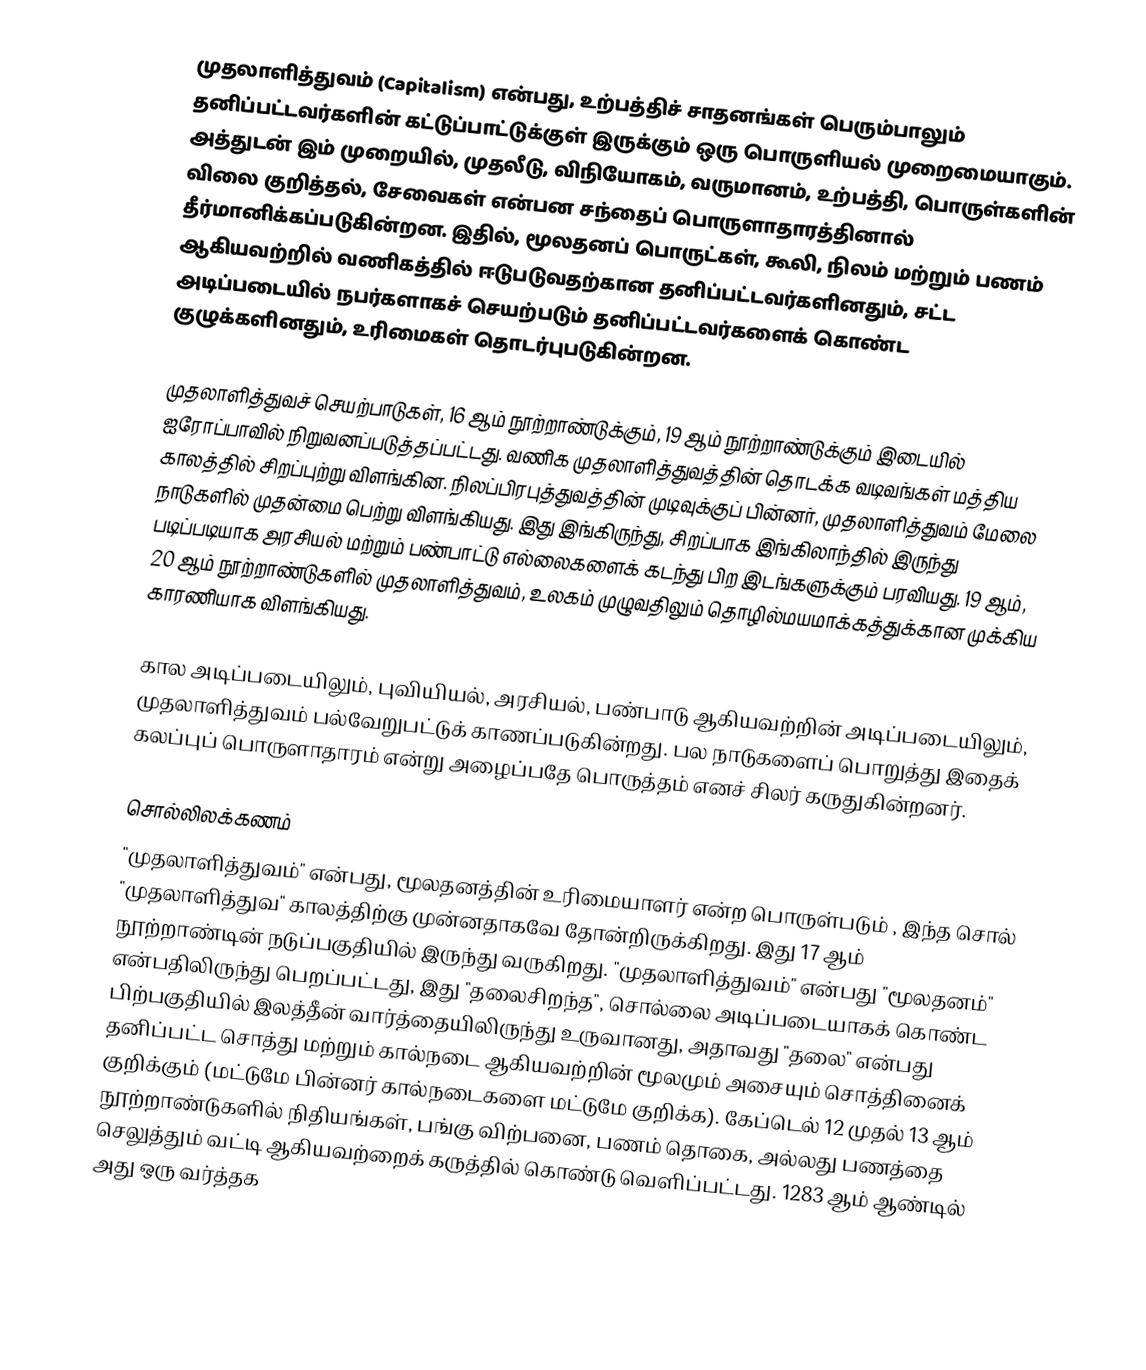
முதலாளித்துவம் (Capitalism) என்பது, உற்பத்திச் சாதனங்கள் பெரும்பாலும் தனிப்பட்டவர்களின் கட்டுப்பாட்டுக்குள் இருக்கும் ஒரு பொருளியல் முறைமையாகும். அத்துடன் இம் முறையில், முதலீடு, விநியோகம், வருமானம், உற்பத்தி, பொருள்களின் விலை குறித்தல், சேவைகள் என்பன சந்தைப் பொருளாதாரத்தினால் தீர்மானிக்கப்படுகின்றன. இதில், மூலதனப் பொருட்கள், கூலி, நிலம் மற்றும் பணம் ஆகியவற்றில் வணிகத்தில் ஈடுபடுவதற்கான தனிப்பட்டவர்களினதும், சட்ட அடிப்படையில் நபர்களாகச் செயற்படும் தனிப்பட்டவர்களைக் கொண்ட குழுக்களினதும், உரிமைகள் தொடர்புபடுகின்றன.

முதலாளித்துவச் செயற்பாடுகள், 16 ஆம் நூற்றாண்டுக்கும், 19 ஆம் நூற்றாண்டுக்கும் இடையில் ஐரோப்பாவில் நிறுவனப்படுத்தப்பட்டது. வணிக முதலாளித்துவத்தின் தொடக்க வடிவங்கள் மத்திய காலத்தில் சிறப்புற்று விளங்கின. நிலப்பிரபுத்துவத்தின் முடிவுக்குப் பின்னர், முதலாளித்துவம் மேலை நாடுகளில் முதன்மை பெற்று விளங்கியது. இது இங்கிருந்து, சிறப்பாக இங்கிலாந்தில் இருந்து படிப்படியாக அரசியல் மற்றும் பண்பாட்டு எல்லைகளைக் கடந்து பிற இடங்களுக்கும் பரவியது. 19 ஆம், 20 ஆம் நூற்றாண்டுகளில் முதலாளித்துவம், உலகம் முழுவதிலும் தொழில்மயமாக்கத்துக்கான முக்கிய காரணியாக விளங்கியது.

கால அடிப்படையிலும், புவியியல், அரசியல், பண்பாடு ஆகியவற்றின் அடிப்படையிலும், முதலாளித்துவம் பல்வேறுபட்டுக் காணப்படுகின்றது. பல நாடுகளைப் பொறுத்து இதைக் கலப்புப் பொருளாதாரம் என்று அழைப்பதே பொருத்தம் எனச் சிலர் கருதுகின்றனர்.

சொல்லிலக்கணம்
"முதலாளித்துவம்" என்பது, மூலதனத்தின் உரிமையாளர் என்ற பொருள்படும் , இந்த சொல் "முதலாளித்துவ" காலத்திற்கு முன்னதாகவே தோன்றிருக்கிறது. இது 17 ஆம் நூற்றாண்டின் நடுப்பகுதியில் இருந்து வருகிறது. "முதலாளித்துவம்" என்பது "மூலதனம்" என்பதிலிருந்து பெறப்பட்டது, இது "தலைசிறந்த",  சொல்லை அடிப்படையாகக் கொண்ட பிற்பகுதியில் இலத்தீன் வார்த்தையிலிருந்து உருவானது, அதாவது "தலை"  என்பது  தனிப்பட்ட சொத்து  மற்றும்  கால்நடை  ஆகியவற்றின் மூலமும் அசையும் சொத்தினைக் குறிக்கும் (மட்டுமே பின்னர் கால்நடைகளை மட்டுமே குறிக்க).  கேப்டெல்  12 முதல் 13 ஆம் நூற்றாண்டுகளில் நிதியங்கள், பங்கு விற்பனை, பணம் தொகை, அல்லது பணத்தை செலுத்தும் வட்டி ஆகியவற்றைக் கருத்தில் கொண்டு வெளிப்பட்டது. 1283 ஆம் ஆண்டில் அது ஒரு வர்த்தக